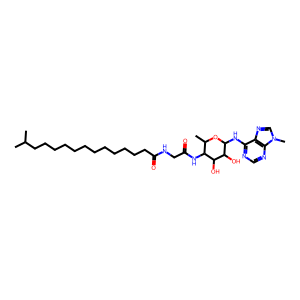
SMILES: CC(C)CCCCCCCCCCCCC(=O)NCC(=O)NC1C(C)OC(Nc2ncnc3c2ncn3C)C(O)C1O
Inhibits HIV replication: No